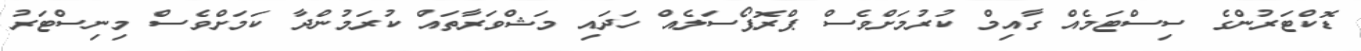
ޑޮކްޓަރުންގެ ސިސްޓަމެއް ގާއިމް ކުރުމަށްވެސް ޕްރޮޕޯސަލެއް ހަދައި މަޝްވަރާތައް ކުރަމުންދާ ކަމަށްވެސް މިނިސްޓަރުު